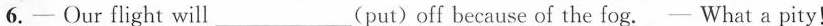
6.- Ourflight will___(put) off because of the fog. —What a pity!